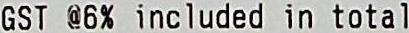
GST @6% INCLUDED IN TOTAL